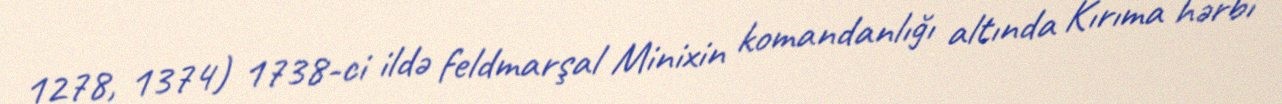
1278, 1374) 1738-ci ildə feldmarşal Minixin komandanlığı altında Kırıma hərbi